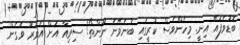
ބޮޑުވެފައޭ އިނީ. މިހެންވެސް ކުރީގައި ބުނެވޭނެ ނޫންތޯ! ސިވިއާ އަށް އެވަރު ވެގެން